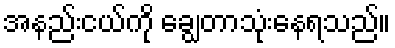
အနည်းငယ်ကို ချွေတာသုံးနေရသည်။